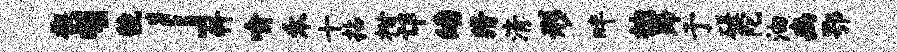
楔、虢」科喻禾十拈柑邙皤猾清形畔拙蹄于磋陀油豳鄂